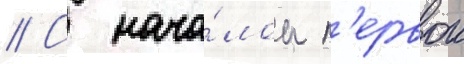
// С нача́лом п'ервои